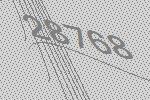
28768